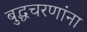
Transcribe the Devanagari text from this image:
बुद्धचरणांना